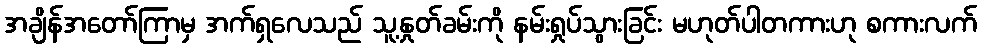
အချိန်အတော်ကြာမှ အက်ရှလေသည် သူ့နှုတ်ခမ်းကို နမ်းရှုပ်သွားခြင်း မဟုတ်ပါတကားဟု စကားလက်